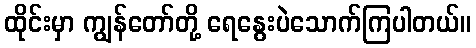
ထိုင်းမှာ ကျွန်တော်တို့ ရေနွေးပဲသောက်ကြပါတယ်။